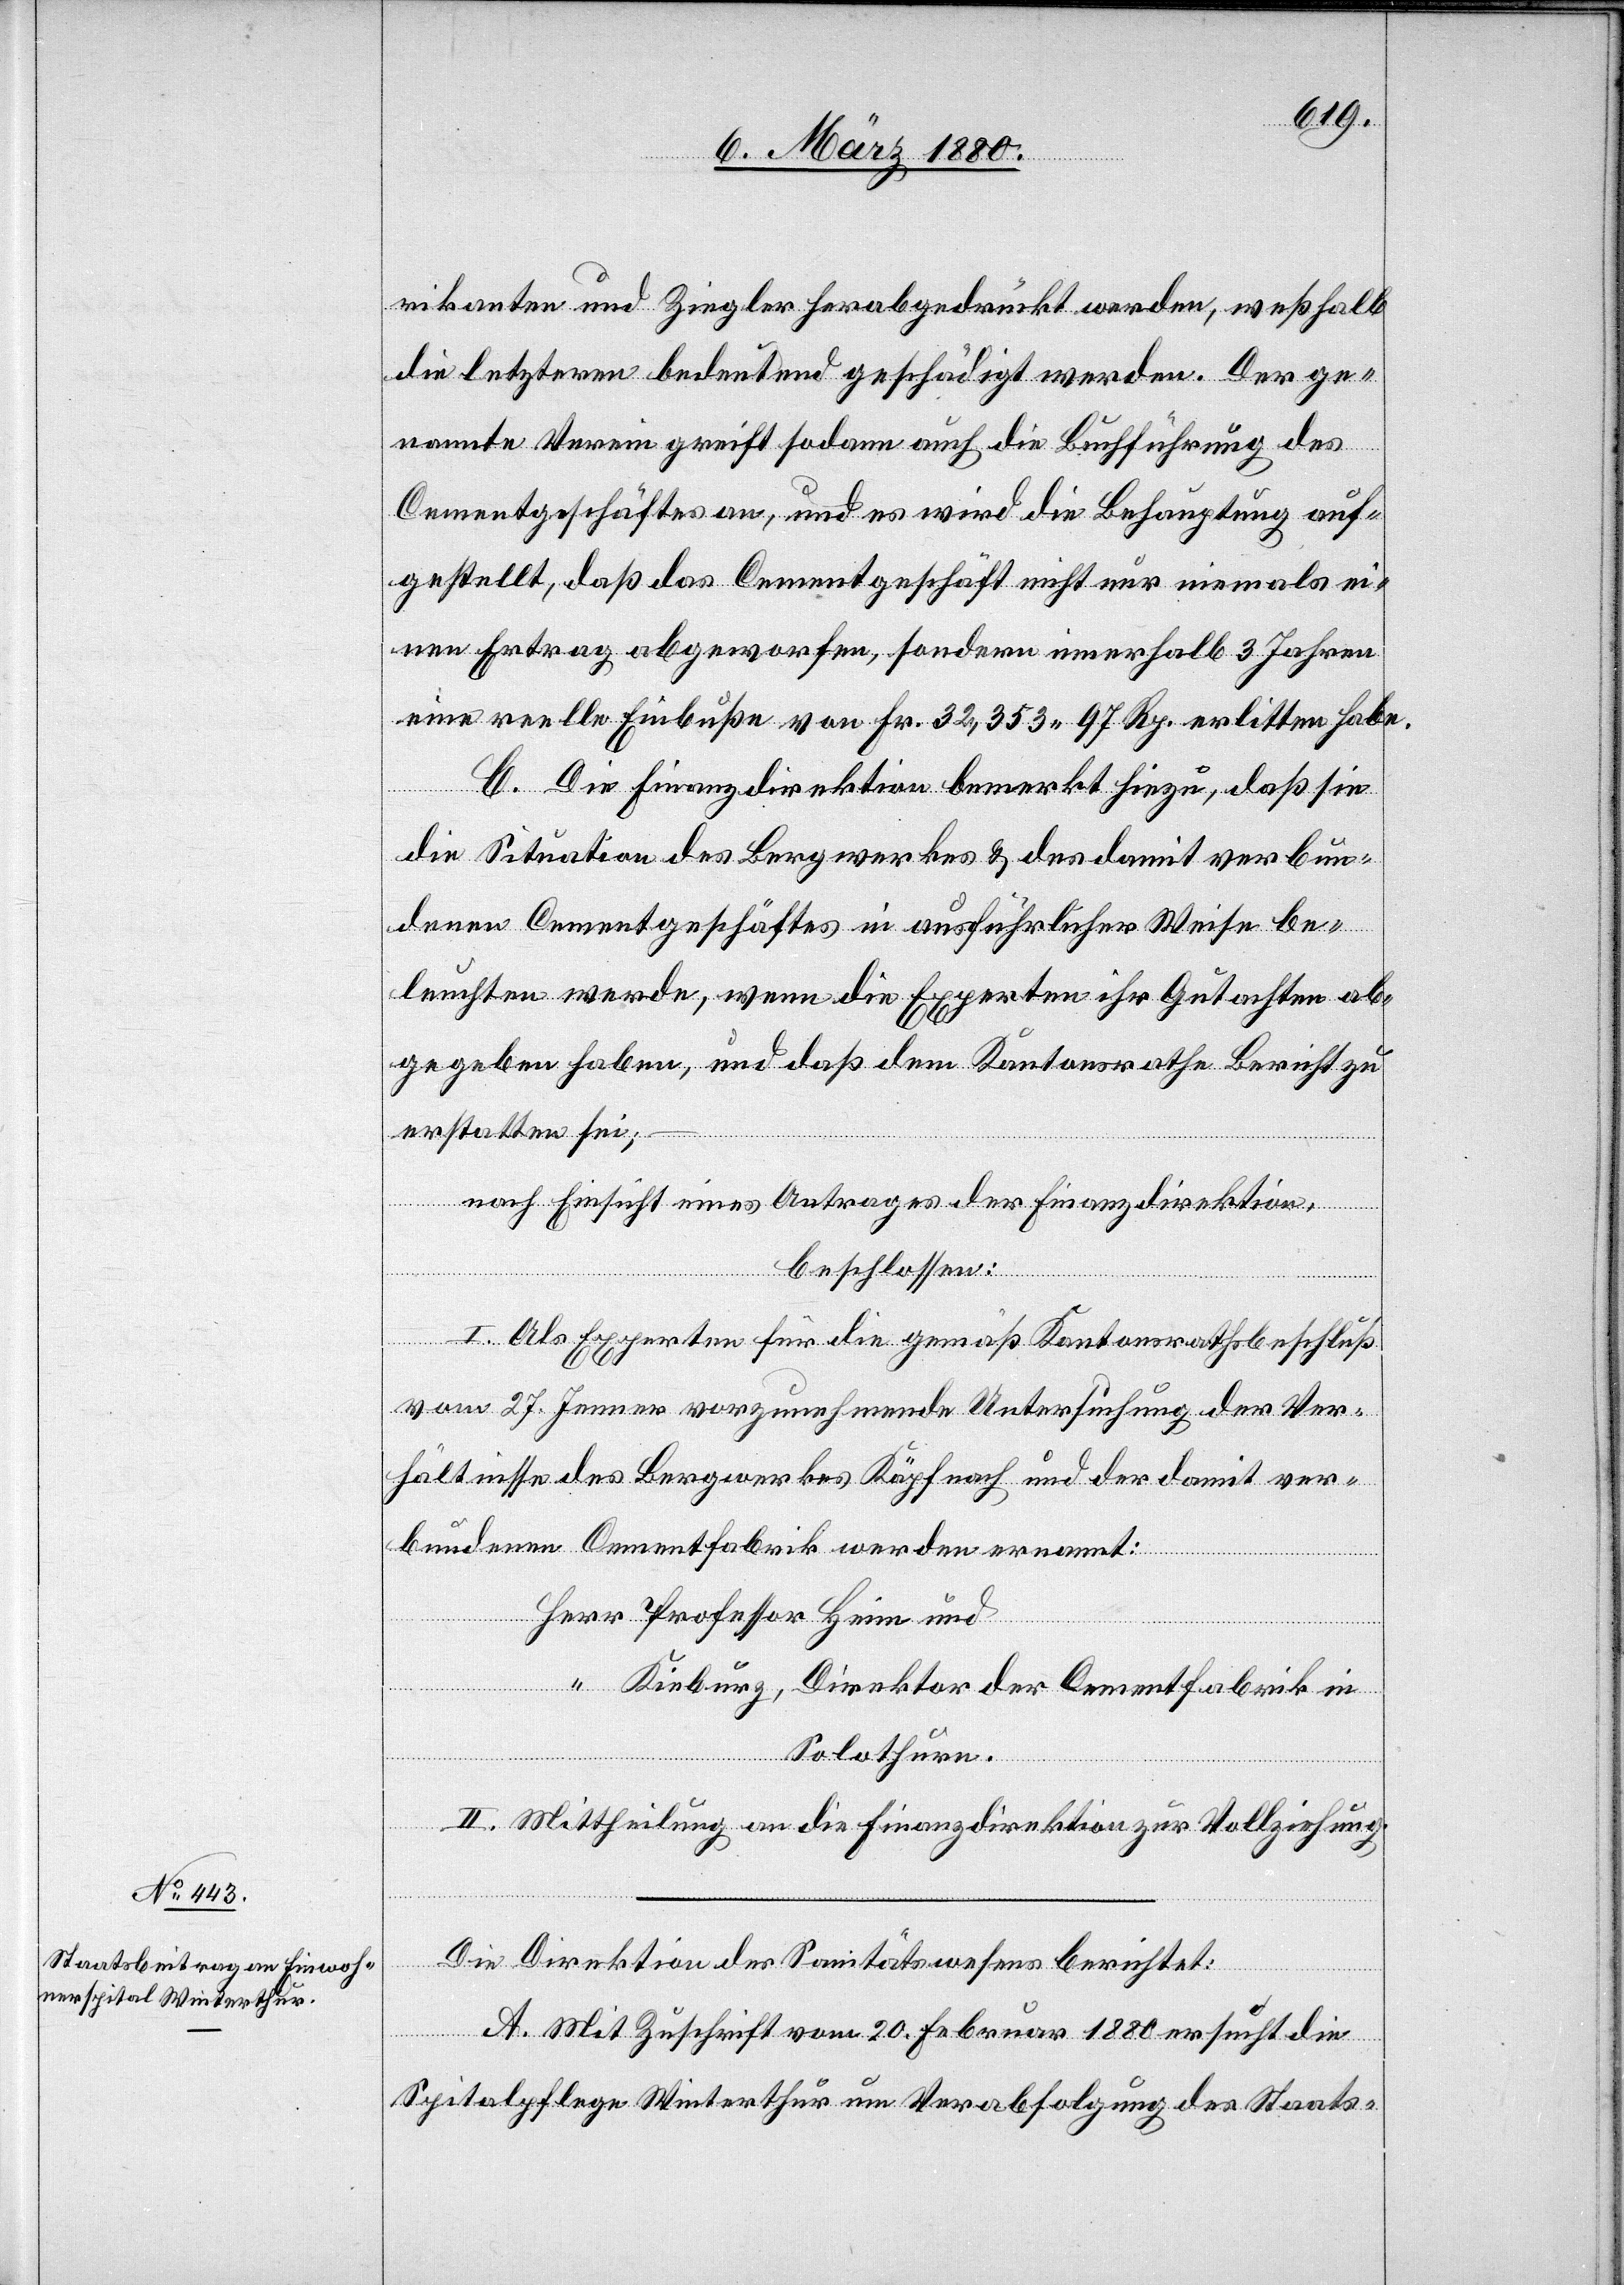
rikanten und Ziegler herabgedrückt werden, weßhalb
die letzteren bedeutend geschädigt werden. Der ge¬
nannte Verein greift sodann auch die Buchführung des
Cementgeschäftes an, und es wird die Behauptung auf¬
gestellt, daß das Cementgeschäft nicht nur niemals ei¬
nen Ertrag abgeworfen, sondern innerhalb 3 Jahren
eine reelle Einbuße von Fr. 32, 353 97 Rp. erlitten habe.
C. Die Finanzdirektion bemerkt hiezu, daß sie
die Situation des Bergwerkes & des damit verbun¬
denen Cementgeschäftes in ausführlicher Weise be¬
leuchten werde, wenn die Experten ihr Gutachten ab¬
gegeben haben, und daß dem Kantonsrathe Bericht zu
erstatten sei;
nach Einsicht eines Antrages der Finanzdirektion,
beschlossen:
I. Als Experten für die gemäß Kantonsrathsbeschluß
vom 27. Jenner vorzunehmende Untersuchung der Ver¬
hältnisse des Bergwerkes Käpfnach und der damit ver¬
bundenen Cementfabrik werden ernannt:
Kieburg, Direktor der Cementfabrik in
Solothurn.
Heim
“
II. Mittheilung an die Finanzdirektion zur Vollziehung.
Die Direktion des Sanitätswesens berichtet:
A. Mit Zuschrift vom 20. Februar 1880 ersucht die
Spitalpflege Winterthur um Verabfolgung des Staats-